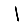
Digit: 1